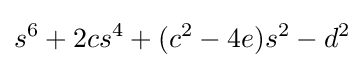
s^{6}+2cs^{4}+(c^{2}-4e)s^{2}-d^{2}